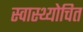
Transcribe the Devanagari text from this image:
स्वास्थ्योचित